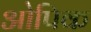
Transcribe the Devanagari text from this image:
ओपिक